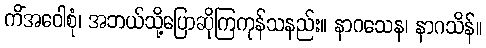
ကိံအဝေါစုံ၊ အဘယ်သို့ပြောဆိုကြကုန်သနည်း။ နာဂသေန၊ နာဂသိန်။